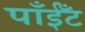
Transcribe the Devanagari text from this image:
पाँईँट